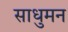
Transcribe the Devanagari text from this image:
साधुमन